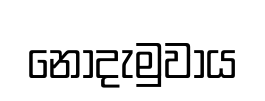
නොදැමුවාය